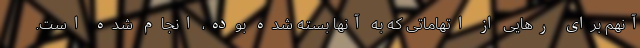
آنهم برای رهایی از اتهاماتی که به آنها بسته شده بوده، انجام شده است.